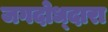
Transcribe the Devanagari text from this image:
जगदोध्दारा